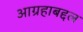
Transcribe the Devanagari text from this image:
आग्रहाबद्दल